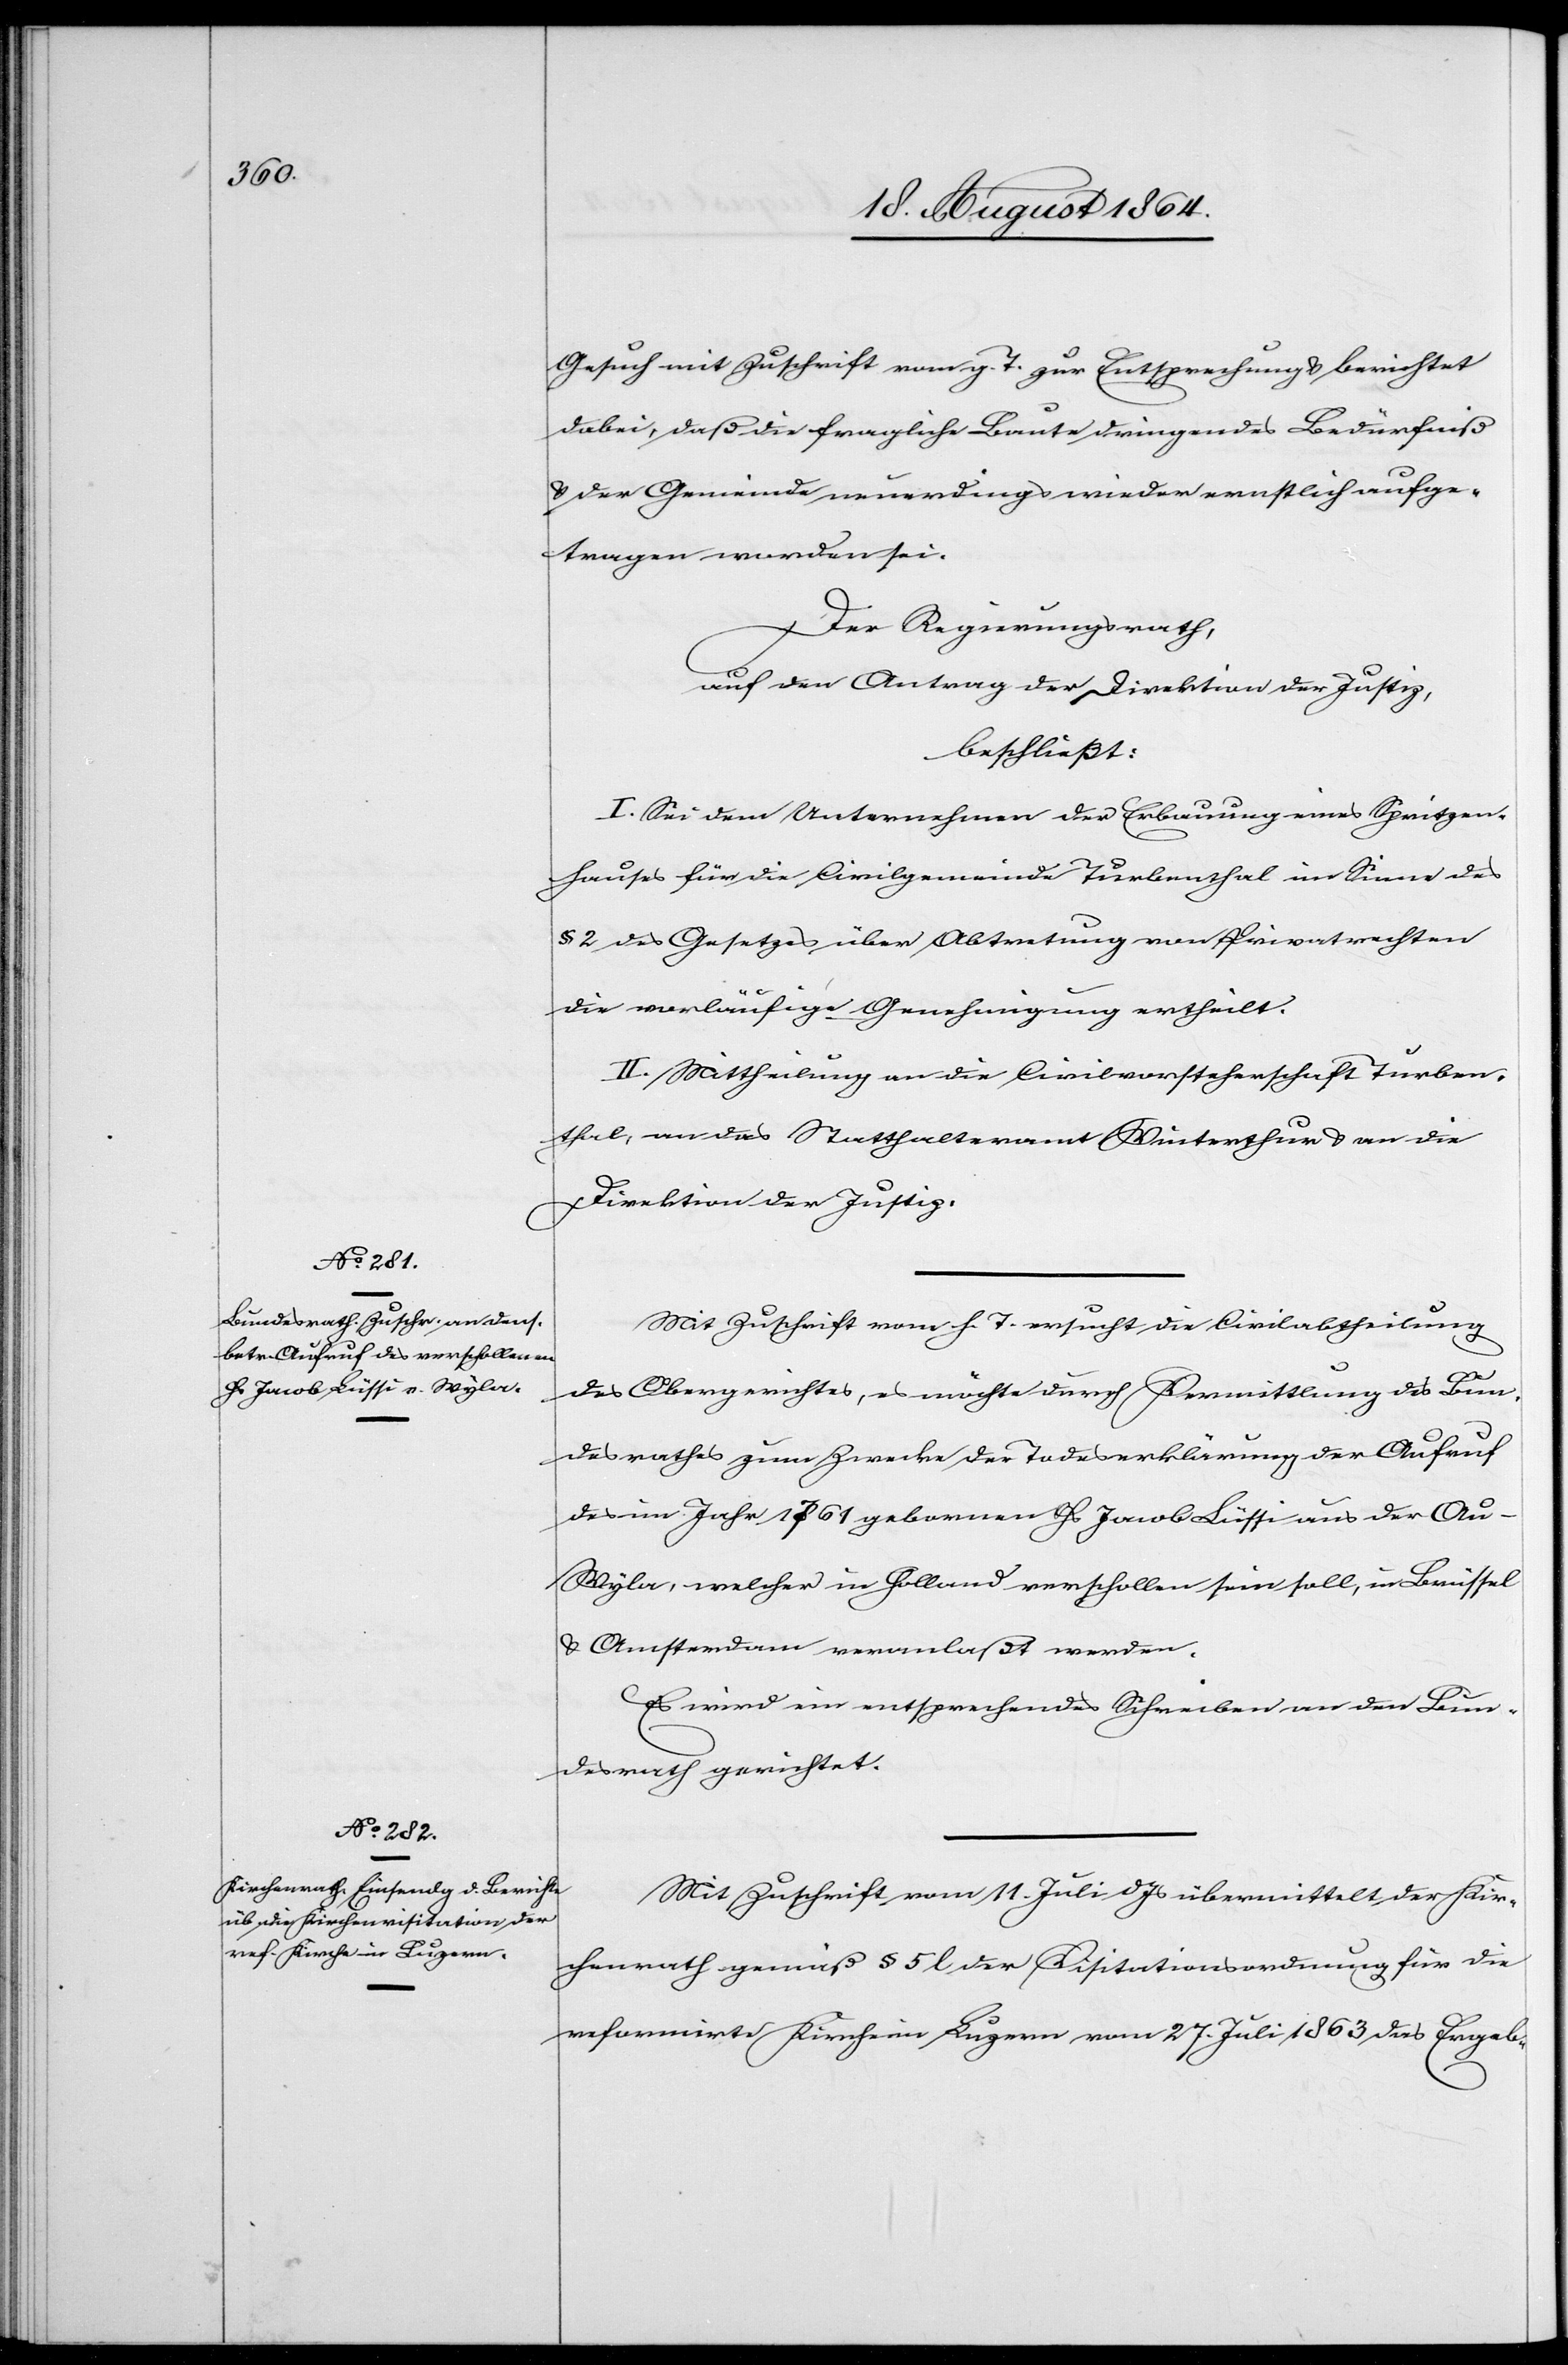
Gesuch mit Zuschrift vom g. T. zur Entsprechung & berichtet
dabei, daß die fragliche Baute dringendes Bedürfniß
& der Gemeinde neuerdings wieder ernstlich aufge¬
tragen worden sei.
Der Regierungsrath,
auf den Antrag der Direktion der Justiz,
beschließt:
I. Sei dem Unternehmen der Erbauung eines Spritzen¬
hauses für die Civilgemeinde Turbenthal im Sinne des
§ 2 des Gesetzes über Abtretung von Privatrechten
die vorläufige Genehmigung ertheilt.
II. Mittheilung an die Civilvorsteherschaft Turben¬
thal, an das Statthalteramt Winterthur & an die
Direktion der Justiz.
Mit Zuschrift vom h. T. ersucht die Civilabtheilung
des Obergerichtes, es möchte durch Vermittlung des Bun¬
desrathes zum Zwecke der Todeserklärung der Aufruf
des im Jahre 1761 [sic!] geborenen Hs. Jacob Lüssi aus der Au-W¬
yla, welcher in Holland verschollen sein soll, in Brüssel
& Amsterdam veranlaßt werden.
Es wird ein entsprechendes Schreiben den Bun¬
desrath gerichtet.
Mit Zuschrift vom 11. Juli d. Js. übermittelt der Kir¬
chenrath gemäß § 5 l der Visitationsordnung für die
reformierte Kirche in Luzern vom 27. Juli 1863 das Ergeb-